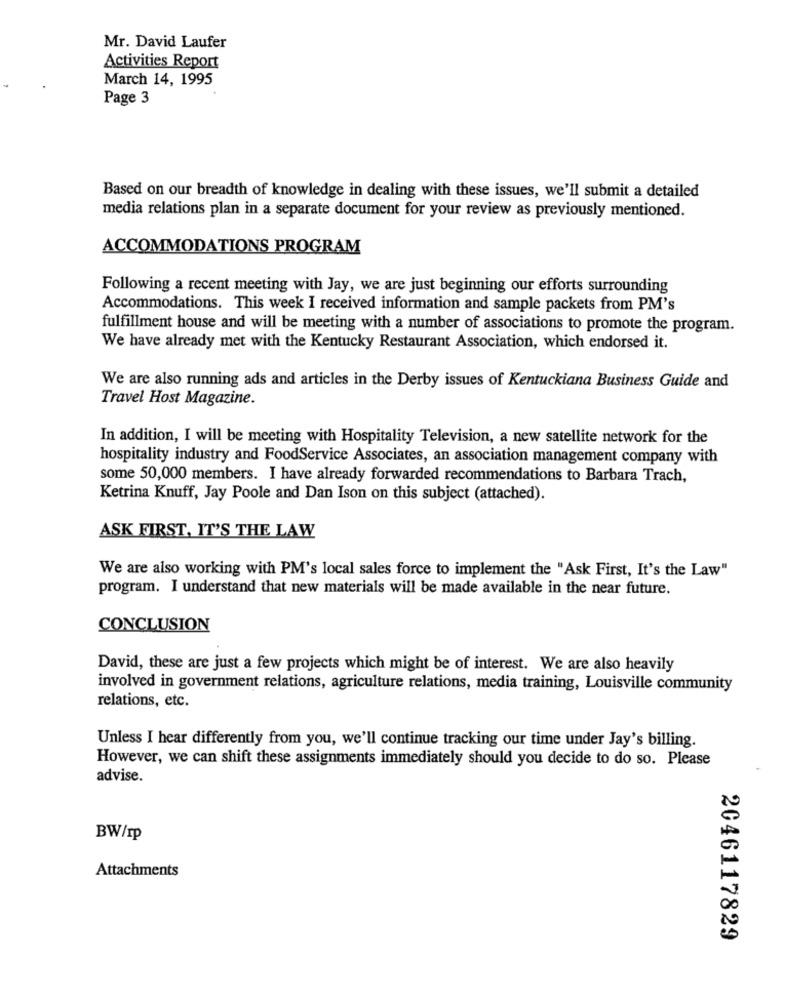
Mr. David Laufer
Activities Report
March 14, 1995
Page 3
Based on our breadth of knowledge in dealing with these issues, we'll submit a detailed
media relations plan in a separate document for your review as previously mentioned.
ACCOMMODATIONS PROGRAM
Following a recent meeting with Jay, we are just beginning our efforts surrounding
Accommodations. This week I received information and sample packets from PM's
fulfillment house and will be meeting with a number of associations to promote the program.
We have already met with the Kentucky Restaurant Association, which endorsed it.
We are also running ads and articles in the Derby issues of Kentuckiana Business Guide and
Travel Host Magazine.
In addition, I will be meeting with Hospitality Television, a new satellite network for the
hospitality industry and FoodService Associates, an association management company with
some 50,000 members. I have already forwarded recommendations to Barbara Trach,
Ketrina Knuff, Jay Poole and Dan Ison on this subject (attached).
ASK FIRST, IT'S THE LAW
We are also working with PM's local sales force to implement the "Ask First, It's the Law"
program. I understand that new materials will be made available in the near future.
CONCLUSION
David, these are just a few projects which might be of interest. We are also heavily
involved in government relations, agriculture relations, media training, Louisville community
relations, etc.
Unless I hear differently from you, we'll continue tracking our time under Jay's billing.
However, we can shift these assignments immediately should you decide to do so. Please
advise.
BW/rp
Attachments
2046117829